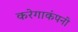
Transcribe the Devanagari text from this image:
करेगाकंपनी